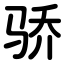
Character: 骄